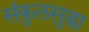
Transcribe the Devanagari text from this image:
संकुलसुद्धा